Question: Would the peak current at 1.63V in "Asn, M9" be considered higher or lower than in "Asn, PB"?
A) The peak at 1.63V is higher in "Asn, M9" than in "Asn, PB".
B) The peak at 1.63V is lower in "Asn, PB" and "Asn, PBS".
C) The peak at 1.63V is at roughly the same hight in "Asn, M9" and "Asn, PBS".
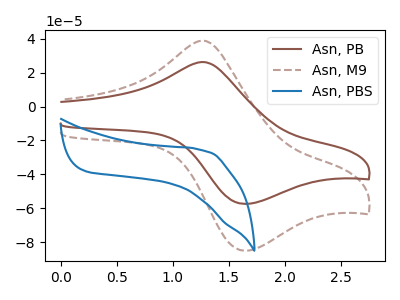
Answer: <think>The brown curve "Asn, PB" has an anodic peak at (1.30V, 26.15uA) and a cathodic peak at (1.65V, -57.30uA). The brown dashed curve "Asn, M9" has an anodic peak at (1.30V, 38.70uA) and a cathodic peak at (1.65V, -84.85uA). The blue curve "Asn, PBS" has no peaks.</think>
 <answer>A) The peak at 1.63V is higher in "Asn, M9" than in "Asn, PB".</answer>
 <eval>A</eval>